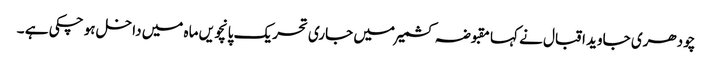
چودھری جاوید اقبال نے کہا مقبوضہ کشمیر میں جاری تحریک پانچویں ماہ میں داخل ہو چکی ہے ۔